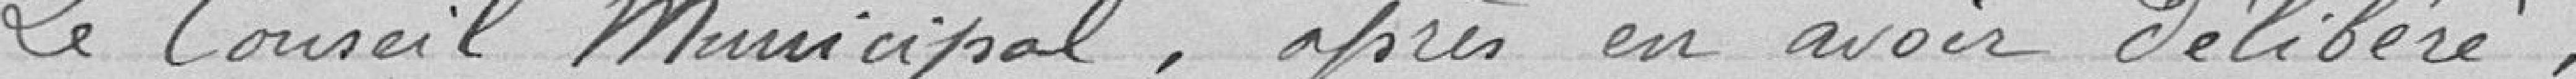
Le Conseil Municipal, après en avoir délibéré,